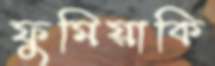
ফুমিয়াকি